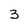
Character: 3